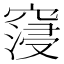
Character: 䆮